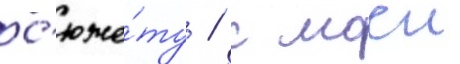
с'юже́ту / с моеи